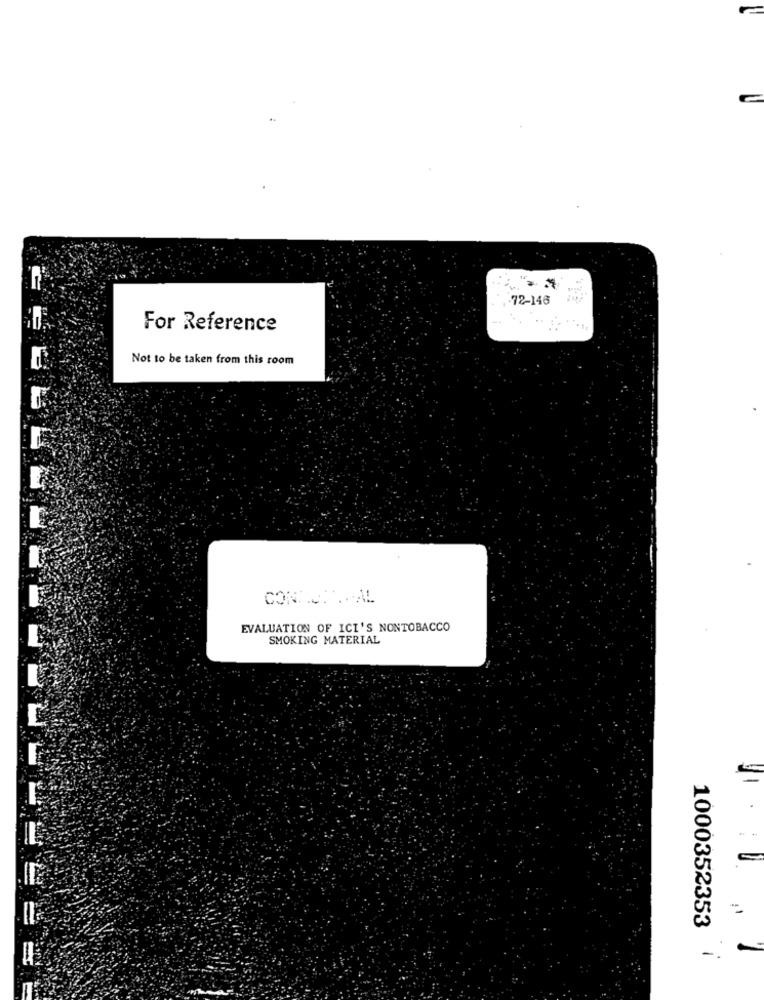
-
72-146
For Reference
Not to be taken from this room
EVALUATION OF ICI'S NONTOBACCO
SMOKING MATERIAL
1000352353
-